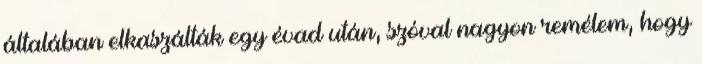
általában elkaszálták egy évad után, szóval nagyon remélem, hogy